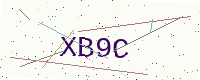
Text: XB9C